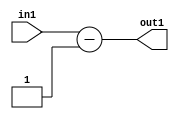
`timescale 1ps / 1ps
/*****************************************************************************
    Verilog RTL Description
    
    
    Created by: Stratus DpOpt 2019.1.01 
*******************************************************************************/

module st_weight_addr_gen_Subi1u16_4_0 (
	in1,
	out1
	); /* architecture "behavioural" */ 
input [15:0] in1;
output [16:0] out1;
wire [16:0] asc001;

assign asc001 = 
	+(in1)
	-(17'B00000000000000001);

assign out1 = asc001;
endmodule

/* CADENCE  urn1SgA= : u9/ySgnWtBlWxVPRXgAZ4Og= ** DO NOT EDIT THIS LINE ******/